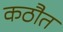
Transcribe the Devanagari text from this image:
कठौत